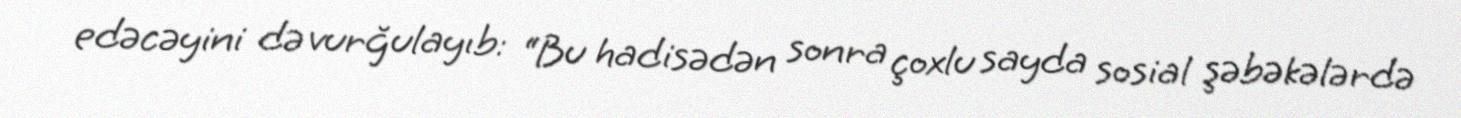
edəcəyini də vurğulayıb: “Bu hadisədən sonra çoxlu sayda sosial şəbəkələrdə